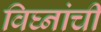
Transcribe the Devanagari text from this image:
विघ्नांची